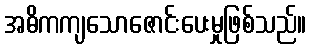
အဓိကကျသောဇောင်းပေးမှုဖြစ်သည်။